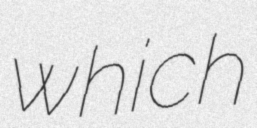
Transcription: which